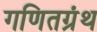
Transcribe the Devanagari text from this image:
गणितग्रंथ